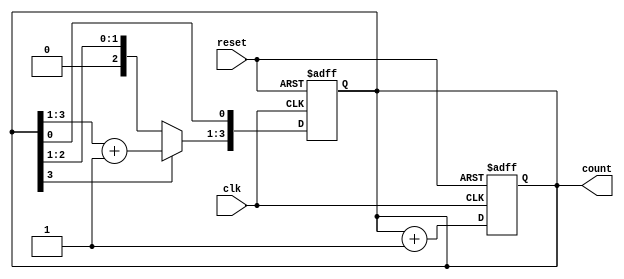
module async_counter #(parameter N = 4) (
    input wire clk,          // Clock input
    input wire reset,        // Asynchronous reset
    output reg [N-1:0] count // N-bit counter output
);

// Always block for counter operation
always @(posedge clk or posedge reset) begin
    if (reset) begin
        count <= 0; // Asynchronous reset to 0
    end else begin
        count <= count + 1; // Increment counter
    end
end

// Asynchronous toggling mechanism for flip-flops
always @(posedge clk or posedge reset) begin
    if (reset) begin
        count <= 0; // Reset all bits
    end else begin
        // Toggling the flip-flops based on the count
        if (count[N-1]) begin
            count[N-1:1] <= count[N-1:1] + 1; // Increment higher bits if LSB overflows
        end
    end
end

endmodule